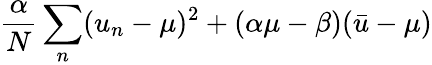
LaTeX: \frac{\alpha}{N}\sum_{n}(u_{n}-\mu)^{2}+(\alpha\mu-\beta)(\bar{u}-\mu)